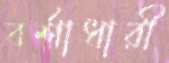
বর্শাধারী